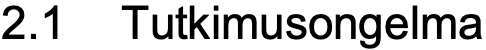
2.1 Tutkimusongelma